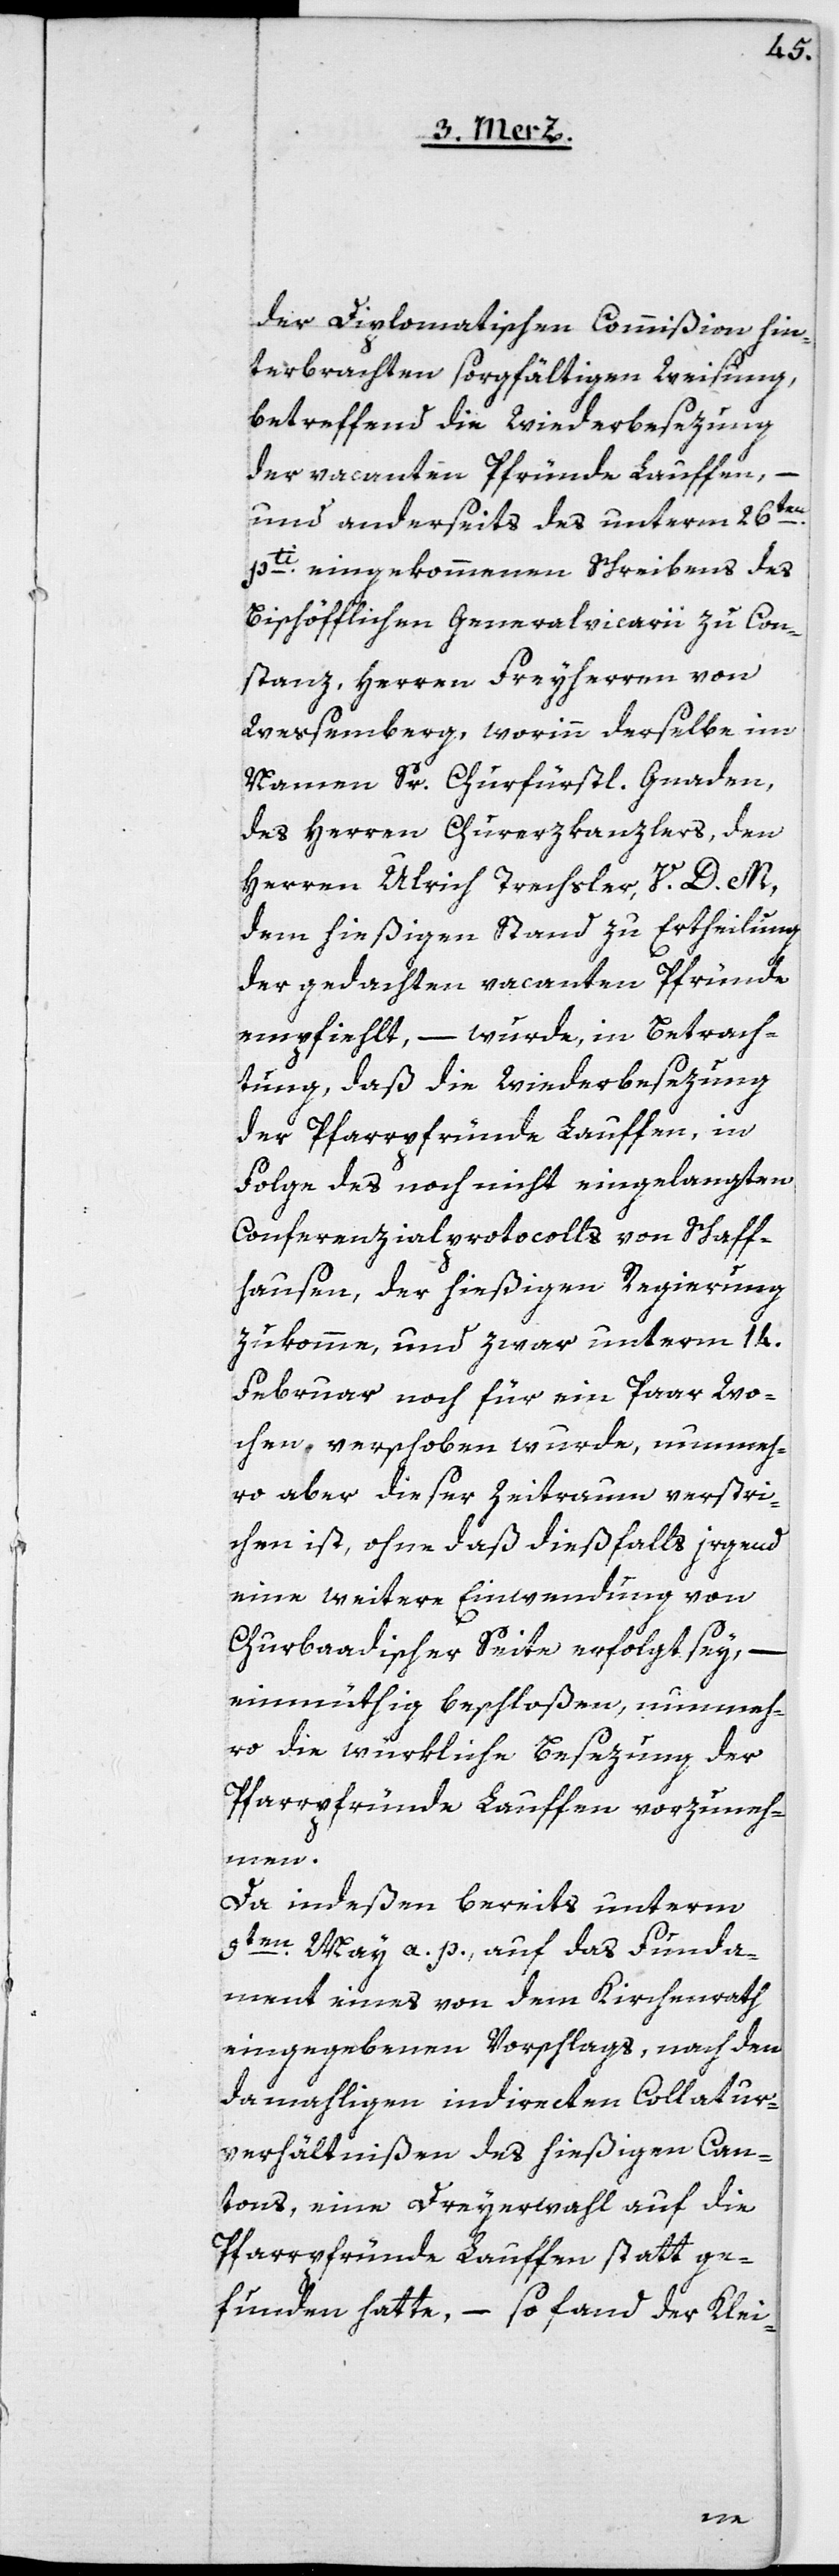
der Diplomatischen Commißion hin¬
terbrachten sorgfältigen Weisung,
betreffend die Wiederbesezung
der vacanten Pfründe Lauffen, –
und anderseits des unterm 26ten
pti eingekommenen Schreibens des
Bischöfflichen Generalvicarii zu Con¬
stanz, Herren Freyherrn von
Wessemberg, worinn derselbe im
Namen Sr. Churfürstl. Gnaden,
des Herren Churerkanzlers, den
Herren Ulrich Trachsler, V. D. M.,
dem hießigen Stand zu Ertheilung
der gedachten vacanten Pfründe
empfiehlt, – wurde, in Betrach¬
tung, daß die Wiederbesezung
der Pfarrpfründe Lauffen, in
Folge des noch nicht eingelangten
Conferenzialprotocolls von Schaff¬
hausen, der hießigen Regierung
zukomme, und zwar unterm 14.
Februar noch für ein Paar Wo¬
chen verschoben wurde, nunmeh¬
ro aber dieser Zeitraum verstri¬
chen ist, ohne daß dießfalls irgend
eine weitere Einwendung von
Churbadischer Seite erfolgt sey, –
einmüthig beschloßen, nunmeh¬
ro die würkliche Besezung der
Pfarrpfründe Lauffen vorzuneh¬
men.
Da indeßen bereits unterm
3ten May a. p., auf das Funda¬
ment eines von dem Kirchenrath
eingegeben Vorschlags, nach den
damahligen indirecten Collatur¬
verhältnißen des hießigen Can¬
tons, eine Dreyerwahl auf die
Pfarrpfründe Lauffen stattge¬
funden hatte, – so fand der Klei-